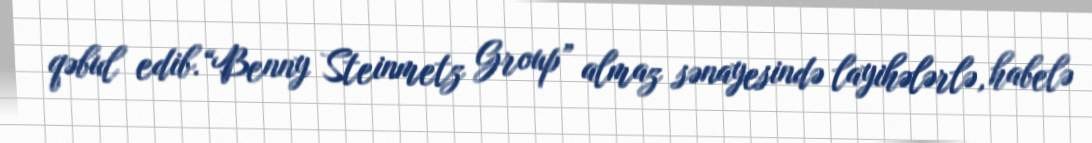
qəbul edib.“Benny Steinmetz Group” almaz sənayesində layihələrlə, habelə